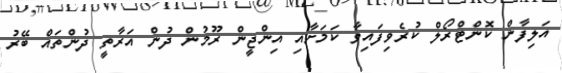
އަލިފާން ކޮންޓްރޯލް ކުރެވިފައިވާ ކަމަށާއި އިންޖީން ރޫމުން ދުން އަރާތީ ދުންތައް ބޭރު